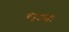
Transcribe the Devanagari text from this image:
धन्यः